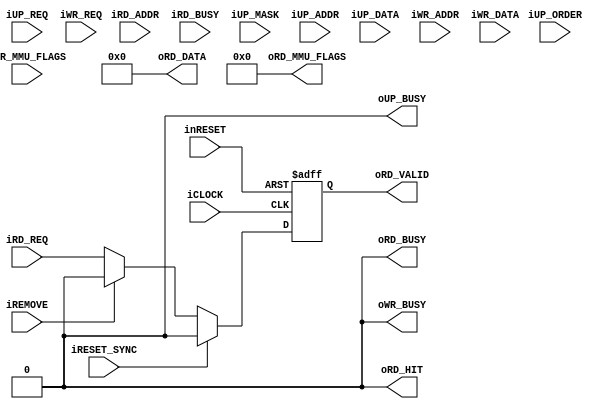
module l1_data_cache_64entry_4way_line64b_bus_8b_disable_cache(
		/********************************
		System
		********************************/
		input wire iCLOCK,
		input wire inRESET,
		input wire iRESET_SYNC,
		//Remove
		input wire iREMOVE,
		/********************************
		Search
		********************************/
		//Search Request 
		input wire iRD_REQ,
		output wire oRD_BUSY,		
		input wire [31:0] iRD_ADDR,		//Tag:22bit | Index:4bit(4Way*16Entry) | LineSize:6bit(64B)
		//Search Output Result
		output wire oRD_VALID,
		output wire oRD_HIT,
		input wire iRD_BUSY,		
		output wire [31:0] oRD_DATA,
		output wire [11:0] oRD_MMU_FLAGS,
		/********************************
		Upload
		********************************/
		input wire iUP_REQ,
		output wire oUP_BUSY,
		input wire [1:0] iUP_ORDER,
		input wire [3:0] iUP_MASK,
		input wire [31:0] iUP_ADDR,				
		input wire [31:0] iUP_DATA,
		/********************************
		Write Request
		********************************/
		input wire iWR_REQ,
		output wire oWR_BUSY,
		input wire [31:0] iWR_ADDR,	//Tag:22bit | Index:4bit(4Way*16Entry) | LineSize:6bit(64B)
		input wire [511:0] iWR_DATA,
		input wire [255:0] iWR_MMU_FLAGS
	);
			
	assign oRD_BUSY = 1'b0;
	assign oRD_MMU_FLAGS = 11'h0;
	
	reg b_req_valid;
	always@(posedge iCLOCK or negedge inRESET)begin
		if(!inRESET)begin
			b_req_valid <= 1'b0;
		end
		else if(iRESET_SYNC)begin
			b_req_valid <= 1'b0;
		end
		else if(iREMOVE)begin
			b_req_valid <= 1'b0;
		end
		else begin
			b_req_valid <= iRD_REQ;
		end
	end

	assign oRD_VALID = b_req_valid;
	assign oRD_HIT = 1'b0;
	assign oRD_DATA = 32'h0;
	assign oUP_BUSY = 1'b0;
	assign oWR_BUSY = 1'b0;
			
endmodule